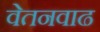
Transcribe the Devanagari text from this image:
वेतनवाढ